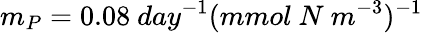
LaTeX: m_{P}=0.08~day^{-1}(mmol~N~m^{-3})^{-1}